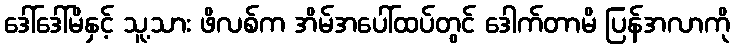
ဒေါ်ဒေါ်မိနှင့် သူ့သား ဖိလစ်က အိမ်အပေါ်ထပ်တွင် ဒေါက်တာမိ ပြန်အလာကို